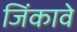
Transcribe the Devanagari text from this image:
जिंकावे